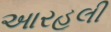
આરહૂલી